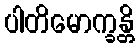
ပါတိမောက္ခန္တိ